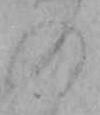
の